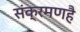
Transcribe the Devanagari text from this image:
संक्रमणहै